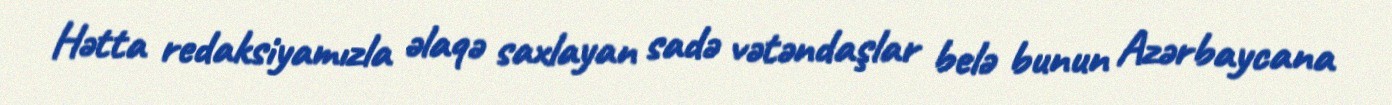
Hətta redaksiyamızla əlaqə saxlayan sadə vətəndaşlar belə bunun Azərbaycana